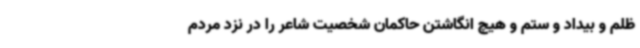
ظلم و بیداد و ستم و هیچ انگاشتن حاکمان شخصیت شاعر را در نزد مردم